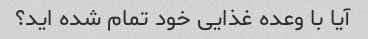
آیا با وعده غذایی خود تمام شده اید؟